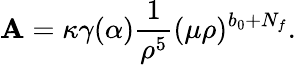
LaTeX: {\cal\mathbf{A}}=\kappa\gamma(\alpha)\frac{{1}}{{\rho^{5}}}(\mu\rho)^{b_{0}+N_{f}}.